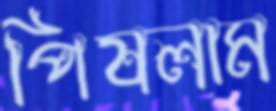
পিষলাম